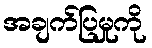
အချက်ပြမှုကို